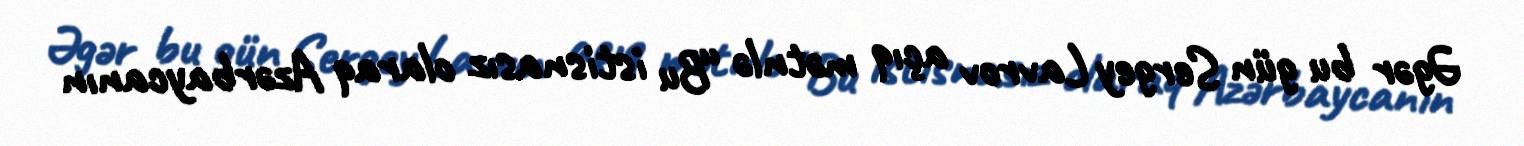
Əgər bu gün Sergey Lavrov açıq mətnlə “Bu istisnasız olaraq Azərbaycanın